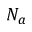
N _ { a }